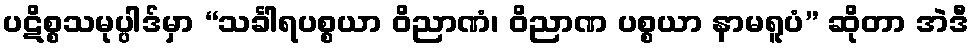
ပဋိစ္စသမုပ္ပါဒ်မှာ “သင်္ခါရပစ္စယာ ဝိညာဏံ၊ ဝိညာဏ ပစ္စယာ နာမရူပံ” ဆိုတာ အဲဒီ